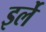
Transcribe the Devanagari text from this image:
इर्ले